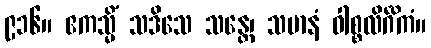
၉၁၆။ ဧကသ္မိံ သဒိသေ သန္တေ၊ သမာနံ ဝါစ္စလိင်္ဂိကံ။